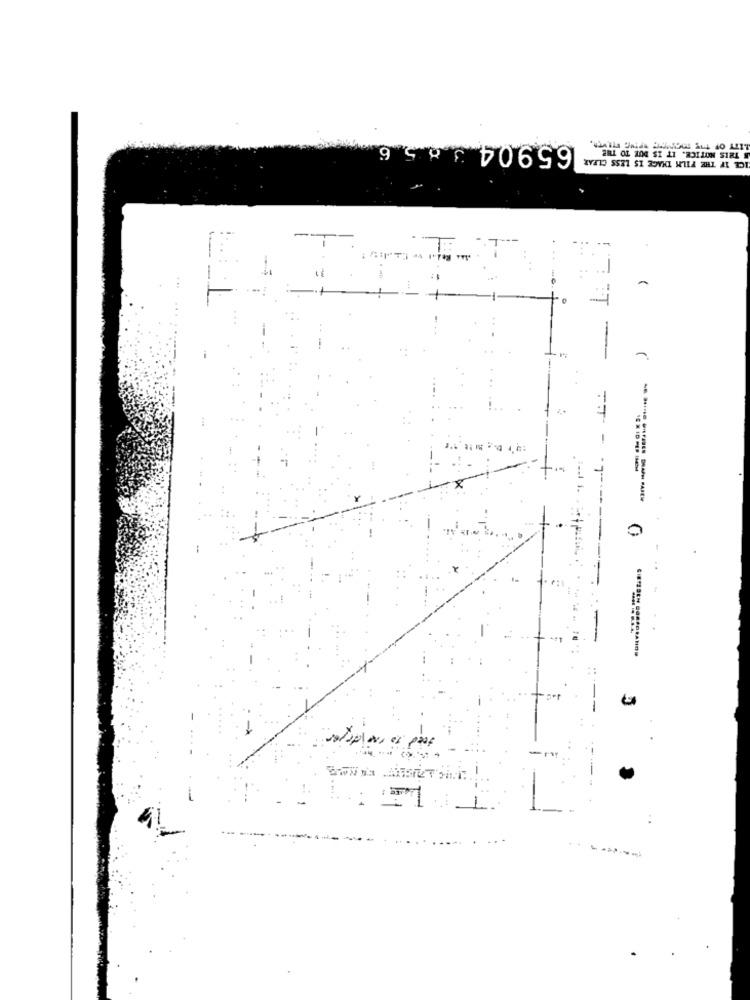
165904 3856
B THIS NOTICE. IT IS DUE TO THE
-.
-
--------
--
-----